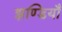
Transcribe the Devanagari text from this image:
झण्डियाँ